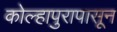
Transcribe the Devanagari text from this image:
कोल्हापुरापासून